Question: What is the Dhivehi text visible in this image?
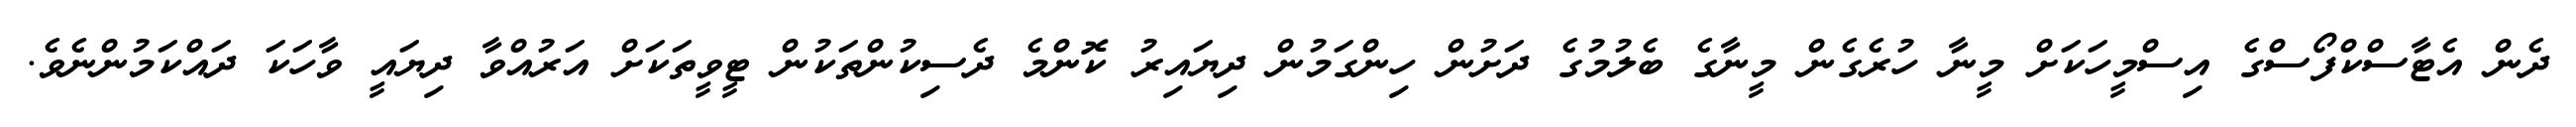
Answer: ދެން އެޓާސްކްފޯސްގެ އިސްމީހަކަށް މީނާ ހުރެގެން މީނާގެ ބެލުމުގެ ދަށުން ހިންގަމުން ދިޔައިރު ކޮންމެ ދެސިކުންތަކުން ޓީވީތަކަށް އަރުއްވާ ދިޔައީ ވާހަކަ ދައްކަމުންނެވެ.